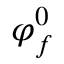
\varphi _ { f } ^ { 0 }